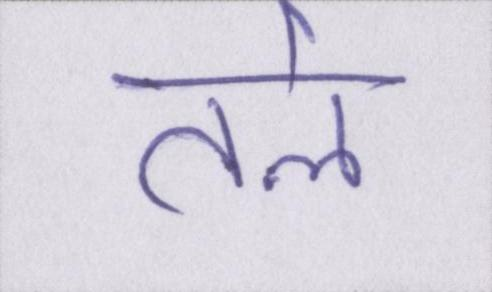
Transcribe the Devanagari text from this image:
तले